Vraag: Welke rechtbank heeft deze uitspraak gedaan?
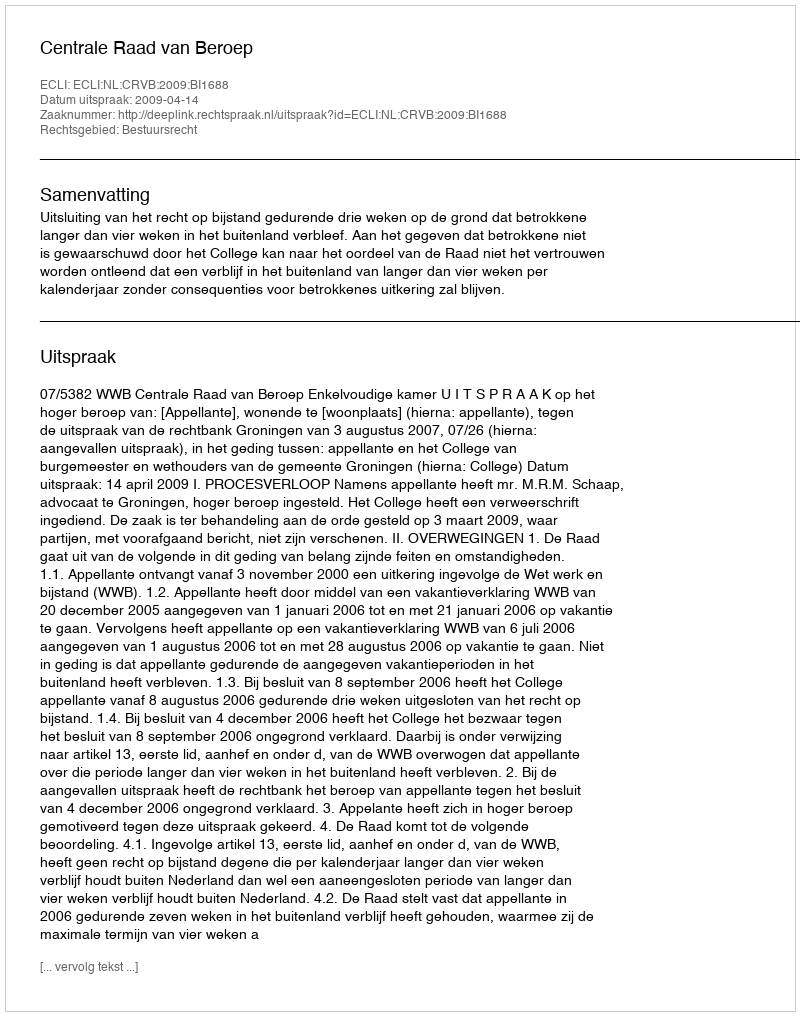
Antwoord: Centrale Raad van Beroep